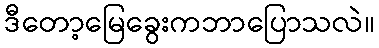
ဒီတော့မြေခွေးကဘာပြောသလဲ။